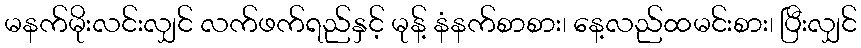
မနက်မိုးလင်းလျှင် လက်ဖက်ရည်နှင့် မုန့် နံနက်စာစား၊ နေ့လည်ထမင်းစား၊ ပြီးလျှင်